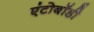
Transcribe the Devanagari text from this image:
एंटोबॉडी